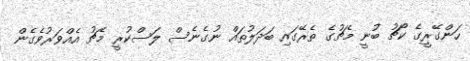
ހަންގޭރީގެ ކޯޗު ބުނީ މެޗުގެ ތެރޭގައި ބަދަލުތައް ނުގެނެސް ލަސްކުރީ މެޗު އެއްވަރުވެގެން